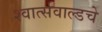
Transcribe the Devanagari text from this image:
श्वार्त्सवाल्डचे